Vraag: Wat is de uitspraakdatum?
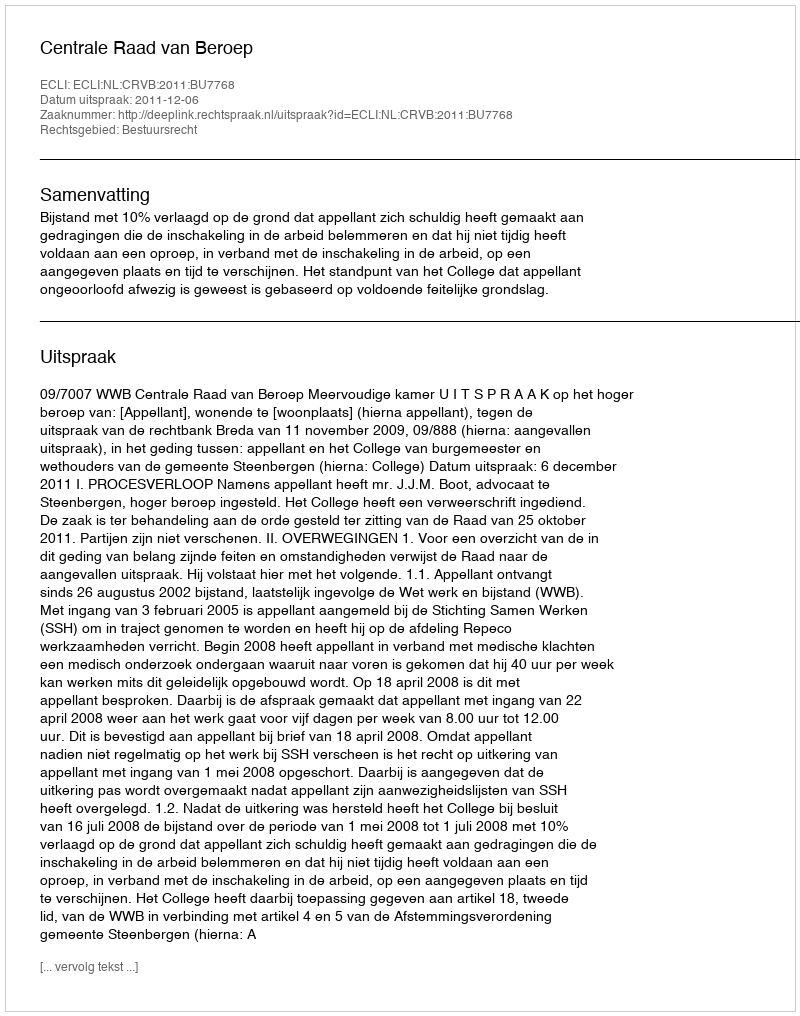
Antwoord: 2011-12-06